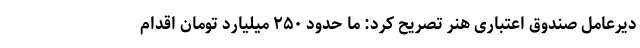
دیرعامل صندوق اعتباری هنر تصریح کرد: ما حدود ۲۵۰ میلیارد تومان اقدام